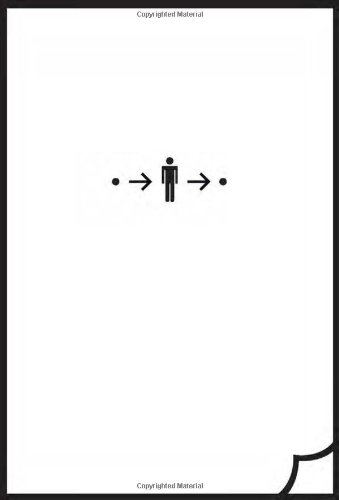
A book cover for Book from the Ground: from point to point; Bing Xu; Arts & Photography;